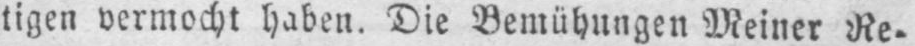
tigen vermocht haben. Die Bemühungen Meiner Re⸗